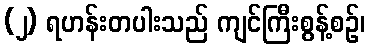
(၂) ရဟန်းတပါးသည် ကျင်ကြီးစွန့်စဉ်၊